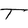
Character: T